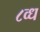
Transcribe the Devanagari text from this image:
८व्ध